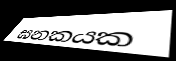
ඝනකයක